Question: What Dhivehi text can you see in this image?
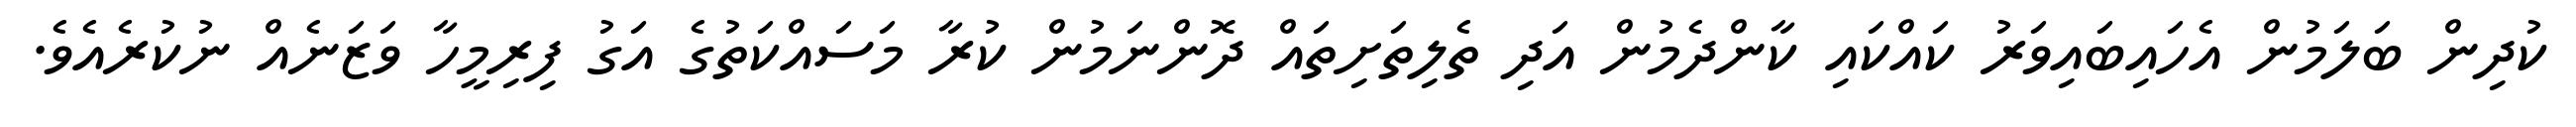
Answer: ކުދިން ބަލަމުން އެހައިބައިވަރު ކައްކައި ކާންދެމުން އަދި ތެލިތަށިތައް ދޮންނަމުން ކުރާ މަސައްކަތުގެ އަގު ފިރިމީހާ ވަޒަނެއް ނުކުރެއެވެ.